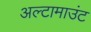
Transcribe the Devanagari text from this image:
अल्टामाउंट